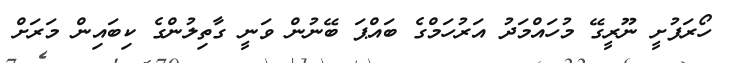
ހޯރަފުށީ ނޫރީގޭ މުހައްމަދު އަރުހަމްގެ ބައްޕަ ބޭނުން ވަނީ ގާތިލުންގެ ކިބައިން މަރަށް